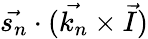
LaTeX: \vec{s_{n}}\cdot(\vec{k_{n}}\times\vec{I})